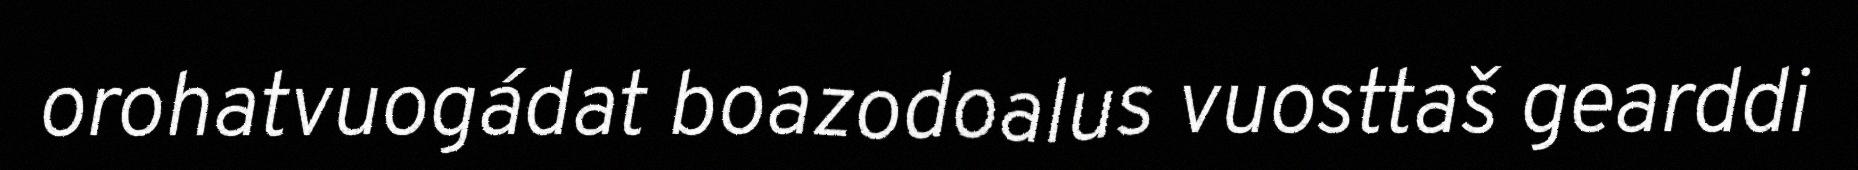
orohatvuogádat boazodoalus vuosttaš gearddi